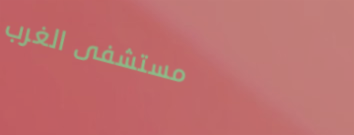
مستشفى الغرب